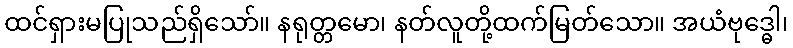
ထင်ရှားမပြုသည်ရှိသော်။ နရုတ္တမော၊ နတ်လူတို့ထက်မြတ်သော။ အယံဗုဒ္ဓေါ၊